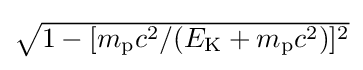
{\textstyle {\sqrt {1-[m_{\mathrm {p} }c^{2}/(E_{\mathrm {K} }+m_{\mathrm {p} }c^{2})]^{2}}}}